Vaccination in Burma 1912-1922 - 1912-1922
Year: 1912
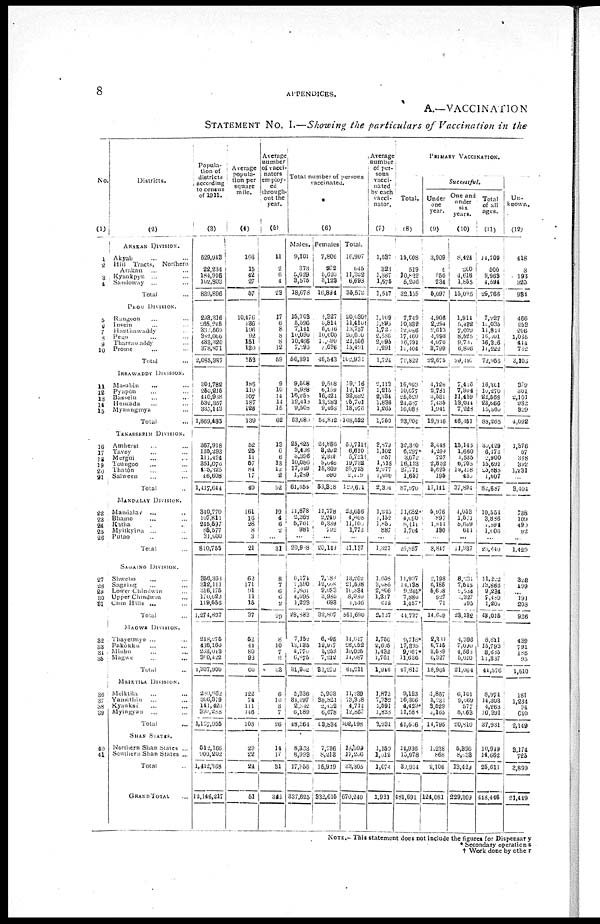
8
APPENDICES.
A.—VACCINATION
STATEMENT No. I.—Showing the particulars of Vaccination in the
No.
(1)
1
2
3
4
5 6
7
8
9
10
11
12
13
14
15
16
17
18 19
20
21
22
23
24
25
26
27
28
29 30
31
32
33
34
35
36
37
38
39
40
41
Districts.
(2)
ARAKAN DIVISION.
Akyab ... ...
Hill Tracts, Northern
Arakan ... ...
Kyankpyu ... ... ...
Sandoway ... ... ...
Total ...
PEGU DIVISION.
Rangoon ... ...
Insein ... ... ...
Hanthawaddy ... ...
Pegu ... ... ...
Tharrawaddy ... ...
Prome ... ...
Total ...
IRRAWADDY DIVISION.
Ma-ubin ... ...
Pyapôn ... ...
Bassein ... ...
Henzada ... ...
Myaungrnya ... ...
Total ...
TENASSEPIM DIVISION.
Amherst ... ...
Tavoy ... ...
Mergul ... ...
Toungoo ... ...
Thatôn ... ...
Salween ... ...
Total ...
MANPALAY DIVISION.
Mandalay ... ...
Bhamo ... ...
Katha ... ...
Myitkyina ... ...
Putao ... ...
Total ...
SAGAING DIVISION.
Shwebo ... ...
Sagamg ... ...
Lower Chindwan ...
Upper Chindwin ... ...
Chin Hills ... ...
Total ...
MAGWR DIVISION.
Thayetmyo ... ...
Pakôkku ... ...
Minbu ... ...
Magwe ... ...
Total ...
MEIKTILA DIVISION.
Meiktila ... ...
Yamohin ... ...
Kyauksè ... ...
Myingyan
... ...
Total ...
SHAN STATES.
Northern Shan States ...
Southern Shan States ...
Total ...
GRAND TOTAL ...
Popula-
tion of
districts
according
to census
of 1911.
(3)
529,943
22 234
184,916
102,803
839,896
293,316
265,246
330,569
382,066
433,320
378,871
2,085,387
304,782
255,215
440,988
532,357
335,143
1,869,485
367,918
135,293
111,424
351,076
425,825
46,608
1,417,644
340,770
107,811
245,597
85,577
31,000
810,755
356,363
312,111
316,175
170,622
119,556
1,274,837
248,275
436,160
203,043
300,422
1,307,900
280,862
306,379
141,420
399,288
1,127,955
512,166
900,202
1,412,368
12,146,217
Average
popula-
tion per
square
mile.
(4)
103
15
42
27
57
10,476
136
196
92
151
130
153
188
119
107
187
126
139
52
25
11
57
84
17
40
161
16
28
8
3
21
62
171
91
11
15
37
52
44
80
93
60
122
74
111
146
108
29
22
24
51
Average
number
of vacci-
nators
employ-
ed
through-
out the
year.
(5)
11
2
6
4
23
17
6
8
8
8
12
59
9
10
11
14
15
62
13
6
6
13
12
2
52
19
4
6
2
...
31
8
7
6 6
2
29
8
10
7
3
33
6
10
3
7
26
14
17
31
345
Total number of persons
vaccinated.
(6)
Males.
9,101
373
5,629
3,575
18,678
15,703
5,596
7,141
10,090
10,466
7,395
56,391
9,508
5,988
16,258
12,413
9,508
53,680
25,825
3,408
3,396
10,086
17,849
l,289
61,353
11,878
2,368
5,761
981
...
20,908
6,174
1,590
7,801
4,095
1,223
28,883
7,152
13,135
4,770
6,875
31,982
5,336
34,497
2,042
6,189
48,364
8,333
8,993
17,356
337,625
Females
7,806
272
5,693
8,123
16,894
1,327
6,814
6,016
10,000
l0,090
8,096
46,543
9,508
6,159
16,424
13,283
9,468
54,842
24,886
8,202
2,326
9,046
18,369
890
59,818
11,778
2,240
5,339
792
...
20,149
7,088
12,008
9,033
3,985
693
32,807
6,095
12,917
5,255
7,212
32,279
5,903
38,821
2,402
6,678
63,834
7,736
8,213
15,919
332,615
Total.
16,907
645
11,322
6,693
35,572
20,030†
11,410†
18,757
20,600
21,556
15,49l
102,931
19,016
12,147
32,082
25,701
18,976
108,522
50,711†
6,610
5,721†
19,732
35,718
2,109
120,601
23,656
4,608
11,100
1,772
...
11,137
13,262
21,698
10,834
8,080
1,916
561,690
14,047
26,152
10,025
14,087
61,211
11,239
73,318
4,774
12,867
102,198
16,099
17,206
33,305
670,240
Average
number
of per-
sons
vacci-
nated
by each
vacci-
nator.
(7)
1,537
320
1,387
1,675
1,517
1,109
1,895
1,720
2,586
2,095
1,291
1,724
2,113
1,215
2,334
1,836
1,265
1,750
3,879
1,102
857
1,518
2,977
1,090
2,304
1,245
1,152
1,850
887
...
1,327
1,6588
3,085
2,806
1,317
612
2,127
1,750
2,605
1,432
1,761
1,916
1,873
7,382
1,591
1,838
3,931
1,159
1,012
1,074
1,931
PRIMARY VACCINATION.
Total.
(8)
15,608
519
10,822
5,206
32,155
7,749
10,332
12,086
17,460
16,791
10,104
70,822
16,923
10,677
25,529
24,057
16,086
93,904
32,380
6,297*
3,672
16,193
27,771
1,657
87,970
11,652
4,090
8,411
1,704
...
25,857
11,997
14,138
9,265*
7,880
1,457*
41,737
9,718*
17,395
9,067*
11,636
47,816
9,193
16,306
4,429*
11,583
41,516
14,936
15,978
30,914
481,691
Successful.
Under
one
year.
(9)
3,909
4
950
234
5,097
4,906
2,294
2,613
4,993
4,070
3,799
22,675
4,128
2,781
3,561
7,435
1,941
19,816
3,448
4,294
727
2,852
5,625
195
17,141
5,976
897
1,844
130
...
8,847
2,198
6,185
5,608
527
71
14,609
2,384
6,715
3,589
6,327
18,965
1,867
5,231
3,529
4,165
14,795
1,238
868
2,106
124,081
One and
under
six
years.
(10)
8,424
200
4,616
1,855
15,005
1,914
5,482
7,099
8,525
9,720
6,806
39,197
7,416
7,304
11,459
13,044
7,228
46,451
15,145
1,660
1,535
6,705
12,418
130
37,894
4,053
1,501
5,609
641
...
11,937
8,231
7,545
1,534
1,327
195
23,132
4,396
7,090
4,568
5,010
21,004
6,101
9,069
577
5,063
20,810
5,396
8,033
13,429
229,309
Total
of all
ages.
(11)
14,709
500
9,963
4,594
29,766
7,227
10,035
11,814
16,001
16,306
11,222
72,055
16,301
10,270
22,568
23,666
15,560
88,265
30,429
6,172
2,900
15,691
25,888
1,007
82,687
10,554
3,886
9,094
1,006
...
23,640
11,202
13,866
9,234
7,489
1,204
43,015
8,811
15,793
8,685
11,337
44,576
8,974
14,303
4,263
10,391
37,981
10,949
14,662
25,611
448,446
Un-
known.
(12)
418
3
193
320
934
466
253
206
1,085
414
732
3,105
379
301
2,101
982
329
4,092
1,376
57
348
392
1,231
...
3,404
738
109
490
92
...
1,429
328
199
...
191
208
926
439
791
185
95
1,510
181
1,234
94
640
2,149
3,174
725
3,899
21,449
NOTE.— This statement does not include the figures for Dispensary
* Secondary operations
† Work done by other